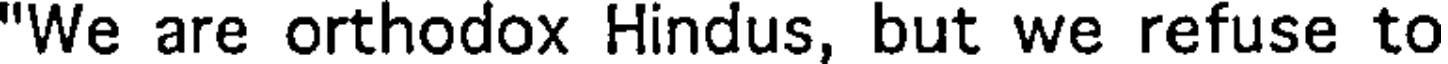
"We are orthodox Hindus, but we refuse to